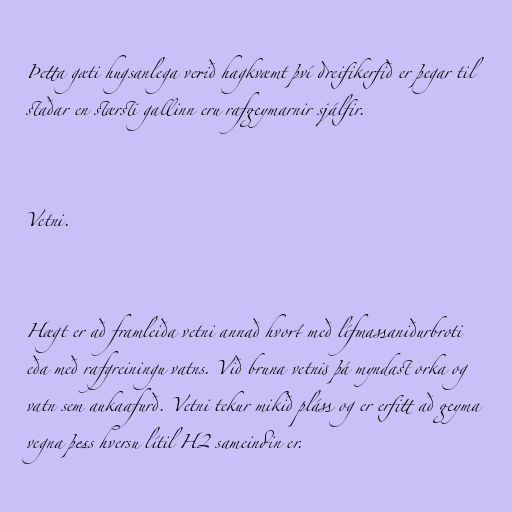
Þetta gæti hugsanlega verið hagkvæmt því dreifikerfið er þegar til
staðar en stærsti gallinn eru rafgeymarnir sjálfir.

Vetni.

Hægt er að framleiða vetni annað hvort með lífmassaniðurbroti
eða með rafgreiningu vatns. Við bruna vetnis þá myndast orka og
vatn sem aukaafurð. Vetni tekur mikið pláss og er erfitt að geyma
vegna þess hversu lítil H2 sameindin er.